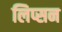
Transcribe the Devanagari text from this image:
लिप्सन